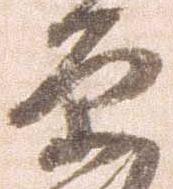
原